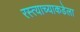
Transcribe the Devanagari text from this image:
रस्त्याच्याकडेला